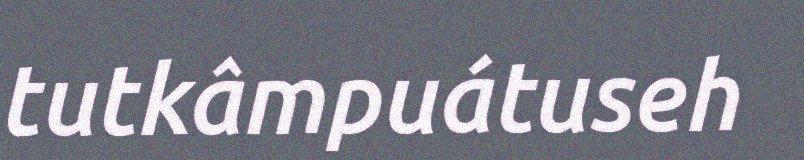
tutkâmpuátuseh